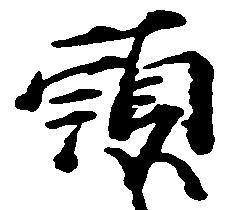
頭